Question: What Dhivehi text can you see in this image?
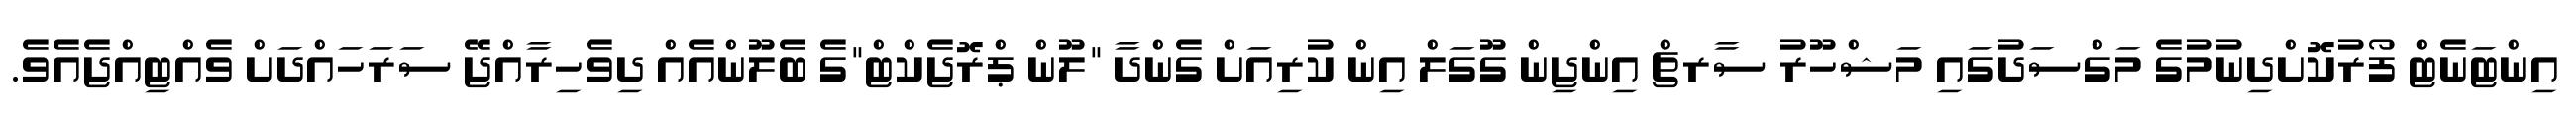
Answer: އިންޓަނެޓް ފޯރުކޮށްދިނުމުގެ މަގްސަދުގައި މަޝްހޫރު ސާރޗް އިންޖިން ގޫގަލް އިން ކުރިއަށް ގެންދާ "ލޫން ޕްރޮޖެކްޓް"ގެ ބެލޫންއެއް ދިވެހިރާއްޖޭ ސަރަހައްދަށް ވެއްޓިއްޖެއެވެ.